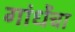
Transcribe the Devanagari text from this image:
गांधेंचा